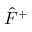
{ \hat { F } } ^ { + }